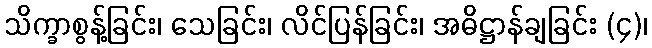
သိက္ခာစွန့်ခြင်း၊ သေခြင်း၊ လိင်ပြန်ခြင်း၊ အဓိဋ္ဌာန်ချခြင်း (၄)၊